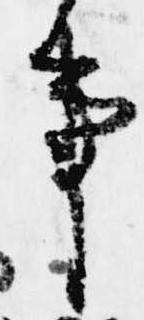
事